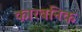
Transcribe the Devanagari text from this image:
कारबनिक